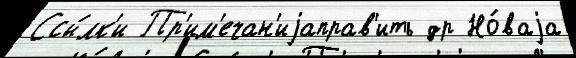
Ссы́лк'и Пр'им'ечан'иjаправ'ить др Но́ваjа